Vaccination in the Punjab 1905-1918 - 1905-1918
Year: 1905
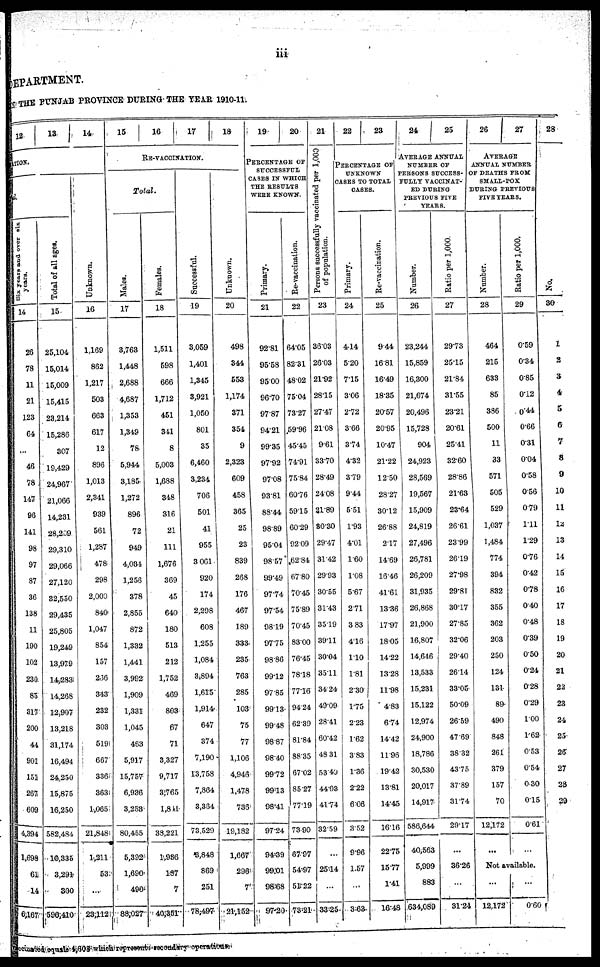
iii
EPARTMENT.
THE PUNJAB PROVINCE DURING THE YEAR 1910-11.
12
13 14
TION.
Six years
and over six
years.
14
26
78
11
21
123
64
...
46
78
147
96
141
98
97
87
36
138
11
190
102
230
85
317
200
44
901
151
267
609
4,394
1,698
61
14
6,167
Total of all ages.
15
25,104
15,014
15,009
15,415
23,214
15,286
307
19,429
24,967
21,066
14,231
28,209
29,310
29,066
27,120
32,550
29,435
25,805
19,249
13,979
14,283
14,268
12,907
13,218
31,174
16,494
24,250
15,875
16,250
582,484
10,335
3,291
300
596,410
Un k n o wn .
16
1,169
862
1,217
503
663
617
12
896
1,013
2,341
939
561
1,287
478
298
2,000
840
1,047
854
157
266
343
232
303
519
667
336
363
1,065
21,848
1,211
53
...
23,112
15
16
17
18
RE-VACCINATION.
Total.
Males.
17
3,763
1,448
2,688
4,687
1,353
1,349
78
5,944
3,185
1,272
896
72
949
4,034
1,256
378
2,855
872
1,332
1,441
3,992
1,909
1,331
1,045
463
5,917
15,757
6,936
3,253
80,455
5,392
1,690
490
88,027
Females.
18
1,511
598
666
1,712
451
341
8
5,003
1,688
348
316
21
111
1,676
369
45
640
180
513
212
1,752
469
803
67
71
3,327
9,717
3,765
1,841
38,221
1,936
187
7
40,351
Successful.
19
3,059
1,401
1,345
3,921
1,050
801
35
6,460
3,234
706
501
41
955
3,061
920
174
2,298
608
1,255
1,084
3,894
1,615
1,914
647
374
7,190
13,758
7,864
3,364
73,529
3,848
869
251
78,497
Un k n o wn .
20
498
344
553
1,174
371
354
9
2,323
609
458
365
25
23
839
268
176
467
189
333
235
763
285
103
75
77
1,106
4,946
1,478
736
19,182
1,667
296
7
21,l52
19
20
PERCENTAGE OF
SUCCESSFUL
CASES IN WHICH
THE RESULTS
WERE KNOWN.
Primary.
21
92.81
95.58
95.00
96.70
97.87
94.21
99.35
97.92
97.08
93.81
88.44
98.89
95.04
98.57
99.49
97.74
97.54
98.19
97.75
98.86
99.12
97.85
99.13
99.48
98.87
98.40
99.72
99.13
98.41
97.24
94.39
99.01
98.68
97.20
Re-vaccination.
22
64.05
82.31
48.02
75.04
73.27
59.96
45.45
74.91
75.84
60.76
59.15
60.29
92.09
62.84
67.80
70.45
75.89
70.45
83.00
76.45
78.18
77.16
94.24
62.39
81.84
88.35
67.02
85.27
77.19
73.90
67.97
54.97
51.22
73.21
21
Persons successfully vaccinated per 1,000
of population.
23
36.03
26.03
21.92
28.15
27.47
21.08
9.61
33.70
28.49
24.08
21.89
30.30
29.47
31.42
29.93
30.55
31.43
35.19
39.11
30.04
35.11
34.24
49.09
28.41
60.42
48.31
53.49
44.93
41.74
32.59
...
25.14
...
33.25
22
23
PERCENTAGE OF
UNKNOWN
CASES TO TOTAL
CASES.
Primary.
24
4.14
5.20
7.15
3.06
2.72
3.66
3.74
4.32
3.79
9.44
5.51
1.93
4.01
1.60
1.08
5.67
2.71
3.83
4.16
1.10
1.81
2.30
1.75
2.23
1.62
3.83
1.36
2.22
6.06
3.52
9.96
1.57
...
3.63
Re-vaccination.
25
9.44
16.81
16.49
18.35
20.57
20.95
10.47
21.22
12.50
28.27
30.12
26.88
2.17
14.69
16.46
41.61
13.36
17.97
18.05
14.22
13.28
11.98
4.83
6.74
14.42
11.96
19.42
13.81
14.45
16.16
22.75
15.77
1.41
16.48
24
25
AVERAGE ANNUAL
NUMBER OF
PERSONS SUCCESS-
FULLY VACCINAT-
ED DURING
PREVIOUS FIVE
YEARS.
Number.
26
23,244
15,859
16,300
21,674
20,496
15,728
904
24,923
28,569
19,567
15,909
24,819
27,496
26,781
26,209
31,935
26,868
21,900
16,807
14,646
13,533
15,231
15,122
12,974
24,900
18,786
30,530
20,017
14,917
586,644
40,563
5,999
883
634,089
Ratio per 1,000.
27
29.73
25.15
21.84
31.55
23.21
20.61
25.41
32.60
28.86
21.63
23.64
26.61
23.99
26.19
27.98
29.81
30.17
27.85
32.06
29.40
26.14
33.05
50.09
26.59
47.69
38.32
43.75
37.89
31.74
29.17
...
36.26
...
31.24
26
27
AVERAGE
ANNUAL NUMBER
OF DEATHS FROM
SMALL-POX
DURING PREVIOUS
FIVE YEARS.
Number.
28
464
215
633
85
386
500
11
33
571
505
529
1,037
1,484
774
394
832
355
362
203
250
124
131
89
490
848
261
379
157
70
12,172
...
Ratio per 1,000.
29
0.59
0.34
0.85
0.12
0.44
0.66
0.31
0.04
0.58
0.56
0.79
1.11
1.29
0.76
0.42
0.78
0.40
0.48
0.39
0.50
0.24
0.28
0.29
1.00
1.62
0.53
0.54
0.30
0.15
0.61
...
Not available.
...
12,172
...
0.60
28
No.
30
1
2
3
4
5
6
7
8
9
10
11
12
13
14
15
16
17
18
19
20
21
22
23
24
25
26
27
28
29
Vaccinated equals 4,603 which repersents secondary operations.